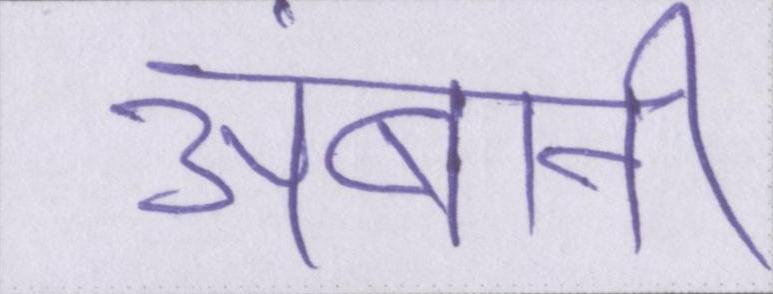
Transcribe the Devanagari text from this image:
अंबानी